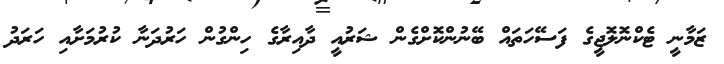
ޒަމާނީ ޓެކްނޮލޮޖީގެ ފަސޭހަތައް ބޭނުންކޮށްގެން ޝަރުއީ ދާއިރާގެ ހިންގުން ހަރުދަނާ ކުރުމަށާއި ހަރަދު